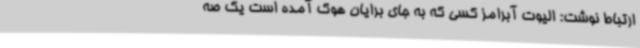
ارتباط نوشت: الیوت آبرامز کسی که به جای برایان هوک آمده است یک صه